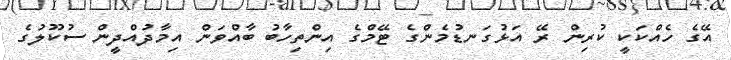
އޭގެ ހެއްކަކީ ކުރިން ރޭ އަޅުގަނޑުމެންގެ ޓޭމްގެ އިންތިހާބު ބާއްވަން އިމާދުއްދީން ސުކޫލުގެ